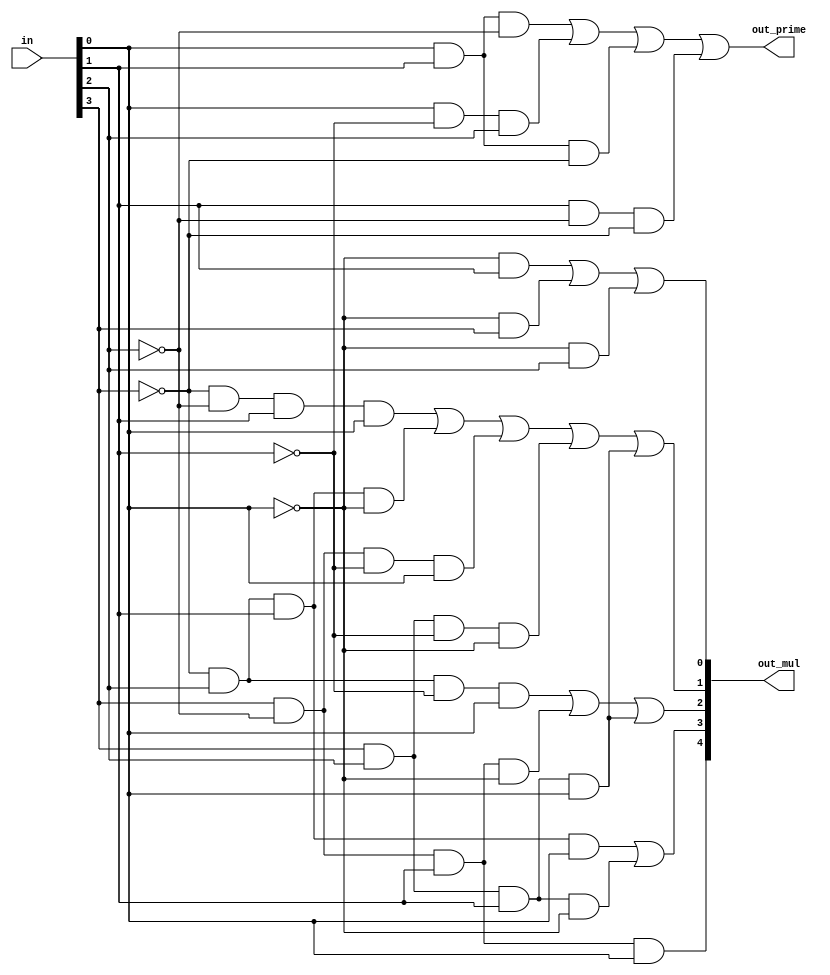
/* CSED273 lab3 experiment 2 */
/* lab3_2.v */


/* Implement Prime Number Indicator & Multiplier Indicator
 * You may use keword "assign" and operator "&","|","~",
 * or just implement with gate-level-modeling (and, or, not) */
 
/* 11: out_mul[4], 7: out_mul[3], 5: out_mul[2],
 * 3: out_mul[1], 1: out_mul[0] */
module lab3_2(
    input wire [3:0] in,
    output wire out_prime,
    output wire [4:0] out_mul
    );

    ////////////////////////
    assign out_prime = in[0] & in[1] & ~in[2] | in[0] & ~in[1] & in[2] | in[0] & in[1] & ~in[3] | in[1] & ~in[2] & ~in[3];
    
    // Multiples of 11 = 0b1011 : [11]
    wire min1011;
    assign min1011 =  in[3] & ~in[2] &  in[1] &  in[0];
    assign out_mul[4] = min1011;
    
    // Multiples of 7 = 0b0111 : [7, 14]
    wire min0111, min1110;
    assign min0111 = ~in[3] &  in[2] &  in[1] &  in[0];
    assign min1110 =  in[3] &  in[2] &  in[1] & ~in[0];
    assign out_mul[3] = min0111 | min1110;
    
    // Multiples of 5 = 0b0101 : [5, 10, 15]
    wire min0101, min1010, min1111;
    assign min0101 = ~in[3] &  in[2] & ~in[1] &  in[0];
    assign min1010 =  in[3] & ~in[2] &  in[1] & ~in[0];
    assign min1111 =  in[3] &  in[2] &  in[1] &  in[0];
    assign out_mul[2] = min0101 | min1010 | min1111;
    
    // Multiples of 3 = 0b0011 : [3, 6, 9, 12, 15]
    wire min0011, min0110, min1001, min1100;
    assign min0011 = ~in[3] & ~in[2] &  in[1] &  in[0];
    assign min0110 = ~in[3] &  in[2] &  in[1] & ~in[0];
    assign min1001 =  in[3] & ~in[2] & ~in[1] &  in[0];
    assign min1100 =  in[3] &  in[2] & ~in[1] & ~in[0];
    assign out_mul[1] = min0011 | min0110 | min1001 | min1100 | min1111;
    
    // Multiples of 2 = 0b0010 : [2, 4, 6, 8, 10, 12, 14]
    assign out_mul[0] = ~in[0] & in[1] | ~in[0] & in[3] | ~in[0] & in[2];
    ////////////////////////

endmodule